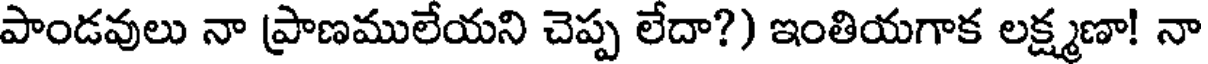
పాండవులు నా ప్రాణములేయని చెప్ప లేదా?) ఇంతియగాక లక్ష్మణా! నా